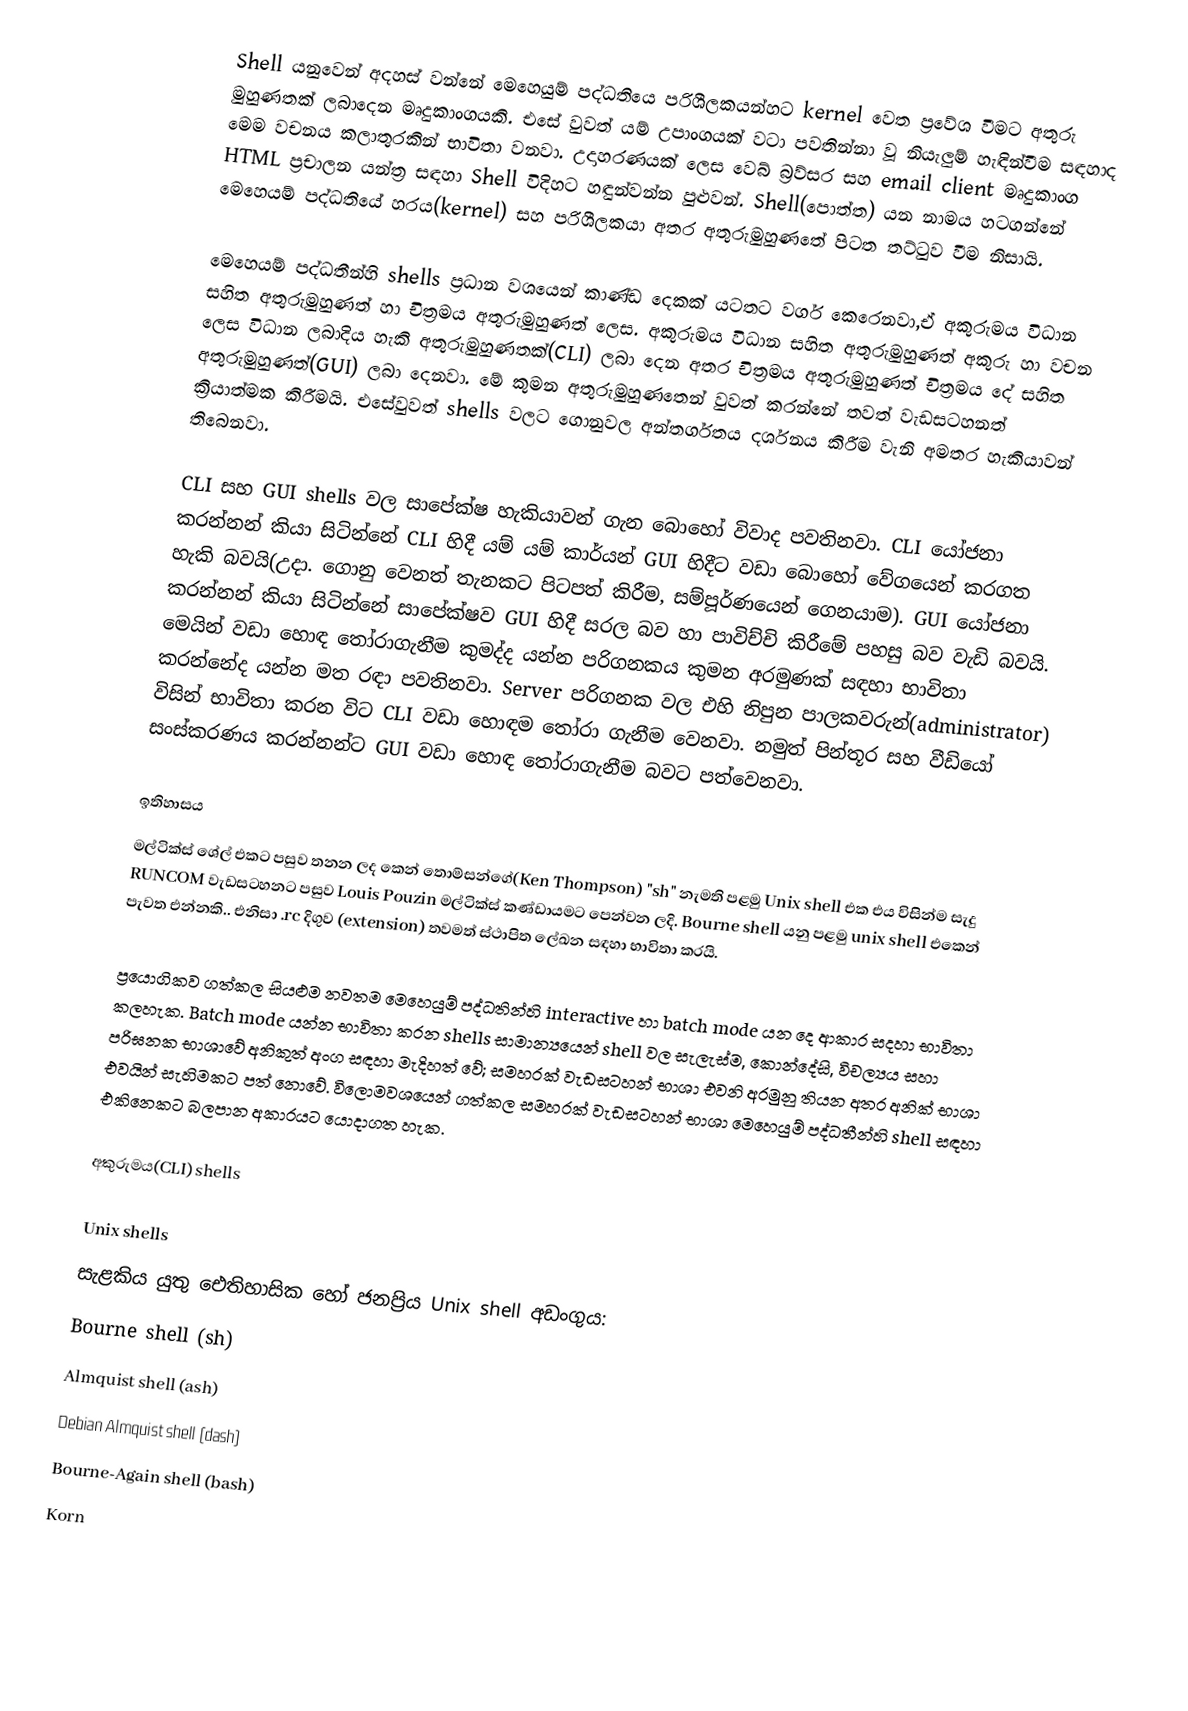
Shell යනුවෙන් අදහස් වන්නේ මෙහෙයුම් පද්ධතියෙ පරිශීලකයන්හට kernel වෙත ප්‍රවේශ වීමට අතුරු මුහුණතක් ලබාදෙන මෘදුකාංගයකි. එසේ වුවත් යම් උපාංගයක් වටා පවතින්නා වූ නියැලුම් හැඳින්වීම සඳහාද මෙම වචනය කලාතුරකින් භාවිතා වනවා. උදාහරණයක් ලෙස වෙබ් බ්‍රව්සර සහ email client මෘදුකාංග HTML ප්‍රචාලන යන්ත්‍ර සඳහා Shell විදිහට හඳුන්වන්න පුළුවන්. Shell(පොත්ත) යන නාමය හටගන්නේ මෙහෙයම් පද්ධතියේ හරය(kernel) සහ පරිශීලකයා අතර අතුරුමුහුණතේ පිටත තට්ටුව වීම නිසායි.

මෙහෙයම් පද්ධතීන්හි shells ප්‍රධාන වශයෙන් කාණ්ඩ දෙකක් යටතට වර්ග කෙරෙනවා,ඒ අකුරුමය විධාන සහිත අතුරුමුහුණත් හා චිත්‍රමය අතුරුමුහුණත් ලෙස. අකුරුමය විධාන සහිත අතුරුමුහුණත් අකුරු හා වචන ලෙස විධාන ලබාදිය හැකි අතුරුමුහුණතක්(CLI) ලබා දෙන අතර චිත්‍රමය අතුරුමුහුණත් චිත්‍රමය දේ සහිත අතුරුමුහුණත්(GUI) ලබා දෙනවා. මේ කුමන අතුරුමුහුණතෙන් වුවත් කරන්නේ තවත් වැඩසටහනත් ක්‍රියාත්මක කිරීමයි. එසේවුවත් shells වලට ගොනුවල අන්තර්ගතය දර්ශනය කිරීම වැනි අමතර හැකියාවන් තිබෙනවා.

CLI සහ GUI shells වල සාපේක්ෂ හැකියාවන් ගැන බොහෝ විවාද පවතිනවා. CLI යෝජනා කරන්නන් කියා සිටින්නේ CLI හිදී යම් යම් කාර්යන් GUI හිදීට වඩා බොහෝ වේගයෙන් කරගත හැකි බවයි(උදා. ගොනු වෙනත් තැනකට පිටපත් කිරීම, සම්පූර්ණයෙන් ගෙනයාම). GUI යෝජනා කරන්නන් කියා සිටින්නේ සාපේක්ෂව GUI හිදී සරල බව හා පාවිච්චි කිරීමේ පහසු බව වැඩි බවයි. මෙයින් වඩා හොඳ තෝරාගැනීම කුමද්ද යන්න පරිගනකය කුමන අරමුණක් සඳහා භාවිතා කරන්නේද යන්න මත රඳා පවතිනවා. Server පරිගනක වල එහි නිපුන පාලකවරුන්(administrator) විසින් භාවිතා කරන විට CLI වඩා හොඳම තෝරා ගැනීම වෙනවා. නමුත් පින්තූර සහ වීඩියෝ සංස්කරණය කරන්නන්ට GUI වඩා හොඳ තෝරාගැනීම බවට පත්වෙනවා.

ඉතිහාසය
මල්ටික්ස් ශේල් එකට පසුව තනන ලද කෙන් තොම්සන්ගේ(Ken Thompson) "sh" නැමති පළමු Unix shell එක එය විසින්ම සැදු RUNCOM  වැඩසටහනට පසුව Louis Pouzin මල්ටික්ස් කණ්ඩායමට පෙන්වන ලදි. Bourne shell යනු පළමු unix shell එකෙන් පැවත එන්නකි.. එනිසා .rc දිගුව (extension) තවමත් ස්ථාපිත ලේඛන සඳහා භාවිතා කරයි.

ප්‍රයොගිකව ගත්කල සියළුම නවතම මෙහෙයුම් පද්ධතින්හි interactive හා batch mode යන දෙ ආකාර සදහා භාවිතා කලහැක. Batch mode යන්න භාවිතා කරන shells සාමාන්‍යයෙන් shell වල සැලැස්ම, කොන්දේසි, විචල්‍යය සහා පරිඝනක භාශාවේ අනිකුත් අංග සඳහා මැදිහත් වේ; සමහරක් වැඩසටහන් භාශා එවනි අරමුනු තියන අතර අනික් භාශා එවයින් සැහිමකට  පත් නොවේ.  විලොමවශයෙන් ගත්කල සමහරක් වැඩසටහන් භාශා මෙහෙයුම් පද්ධතීන්හි shell සඳහා එකිනෙකට බලපාන අකාරයට යොදාගත හැක.

අකුරුමය(CLI) shells

Unix shells
සැළකිය යුතු ඓතිහාසික හෝ ජනප්‍රිය Unix shell අඩංගුය:
 Bourne shell (sh)
 Almquist shell (ash)
 Debian Almquist shell (dash)
 Bourne-Again shell (bash)
 Korn